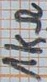
Text: 1kΩ